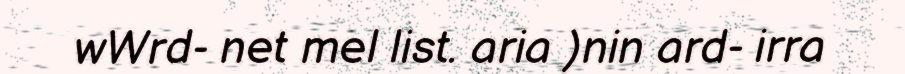
wWrd- net mel list. aria )nin ard- irra